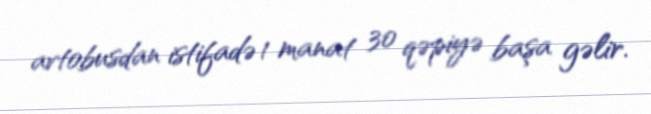
avtobusdan istifadə 1 manat 30 qəpiyə başa gəlir.